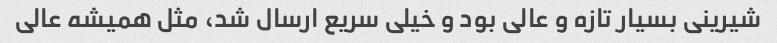
شیرینی بسیار تازه و عالی بود و خیلی سریع ارسال شد، مثل همیشه عالی